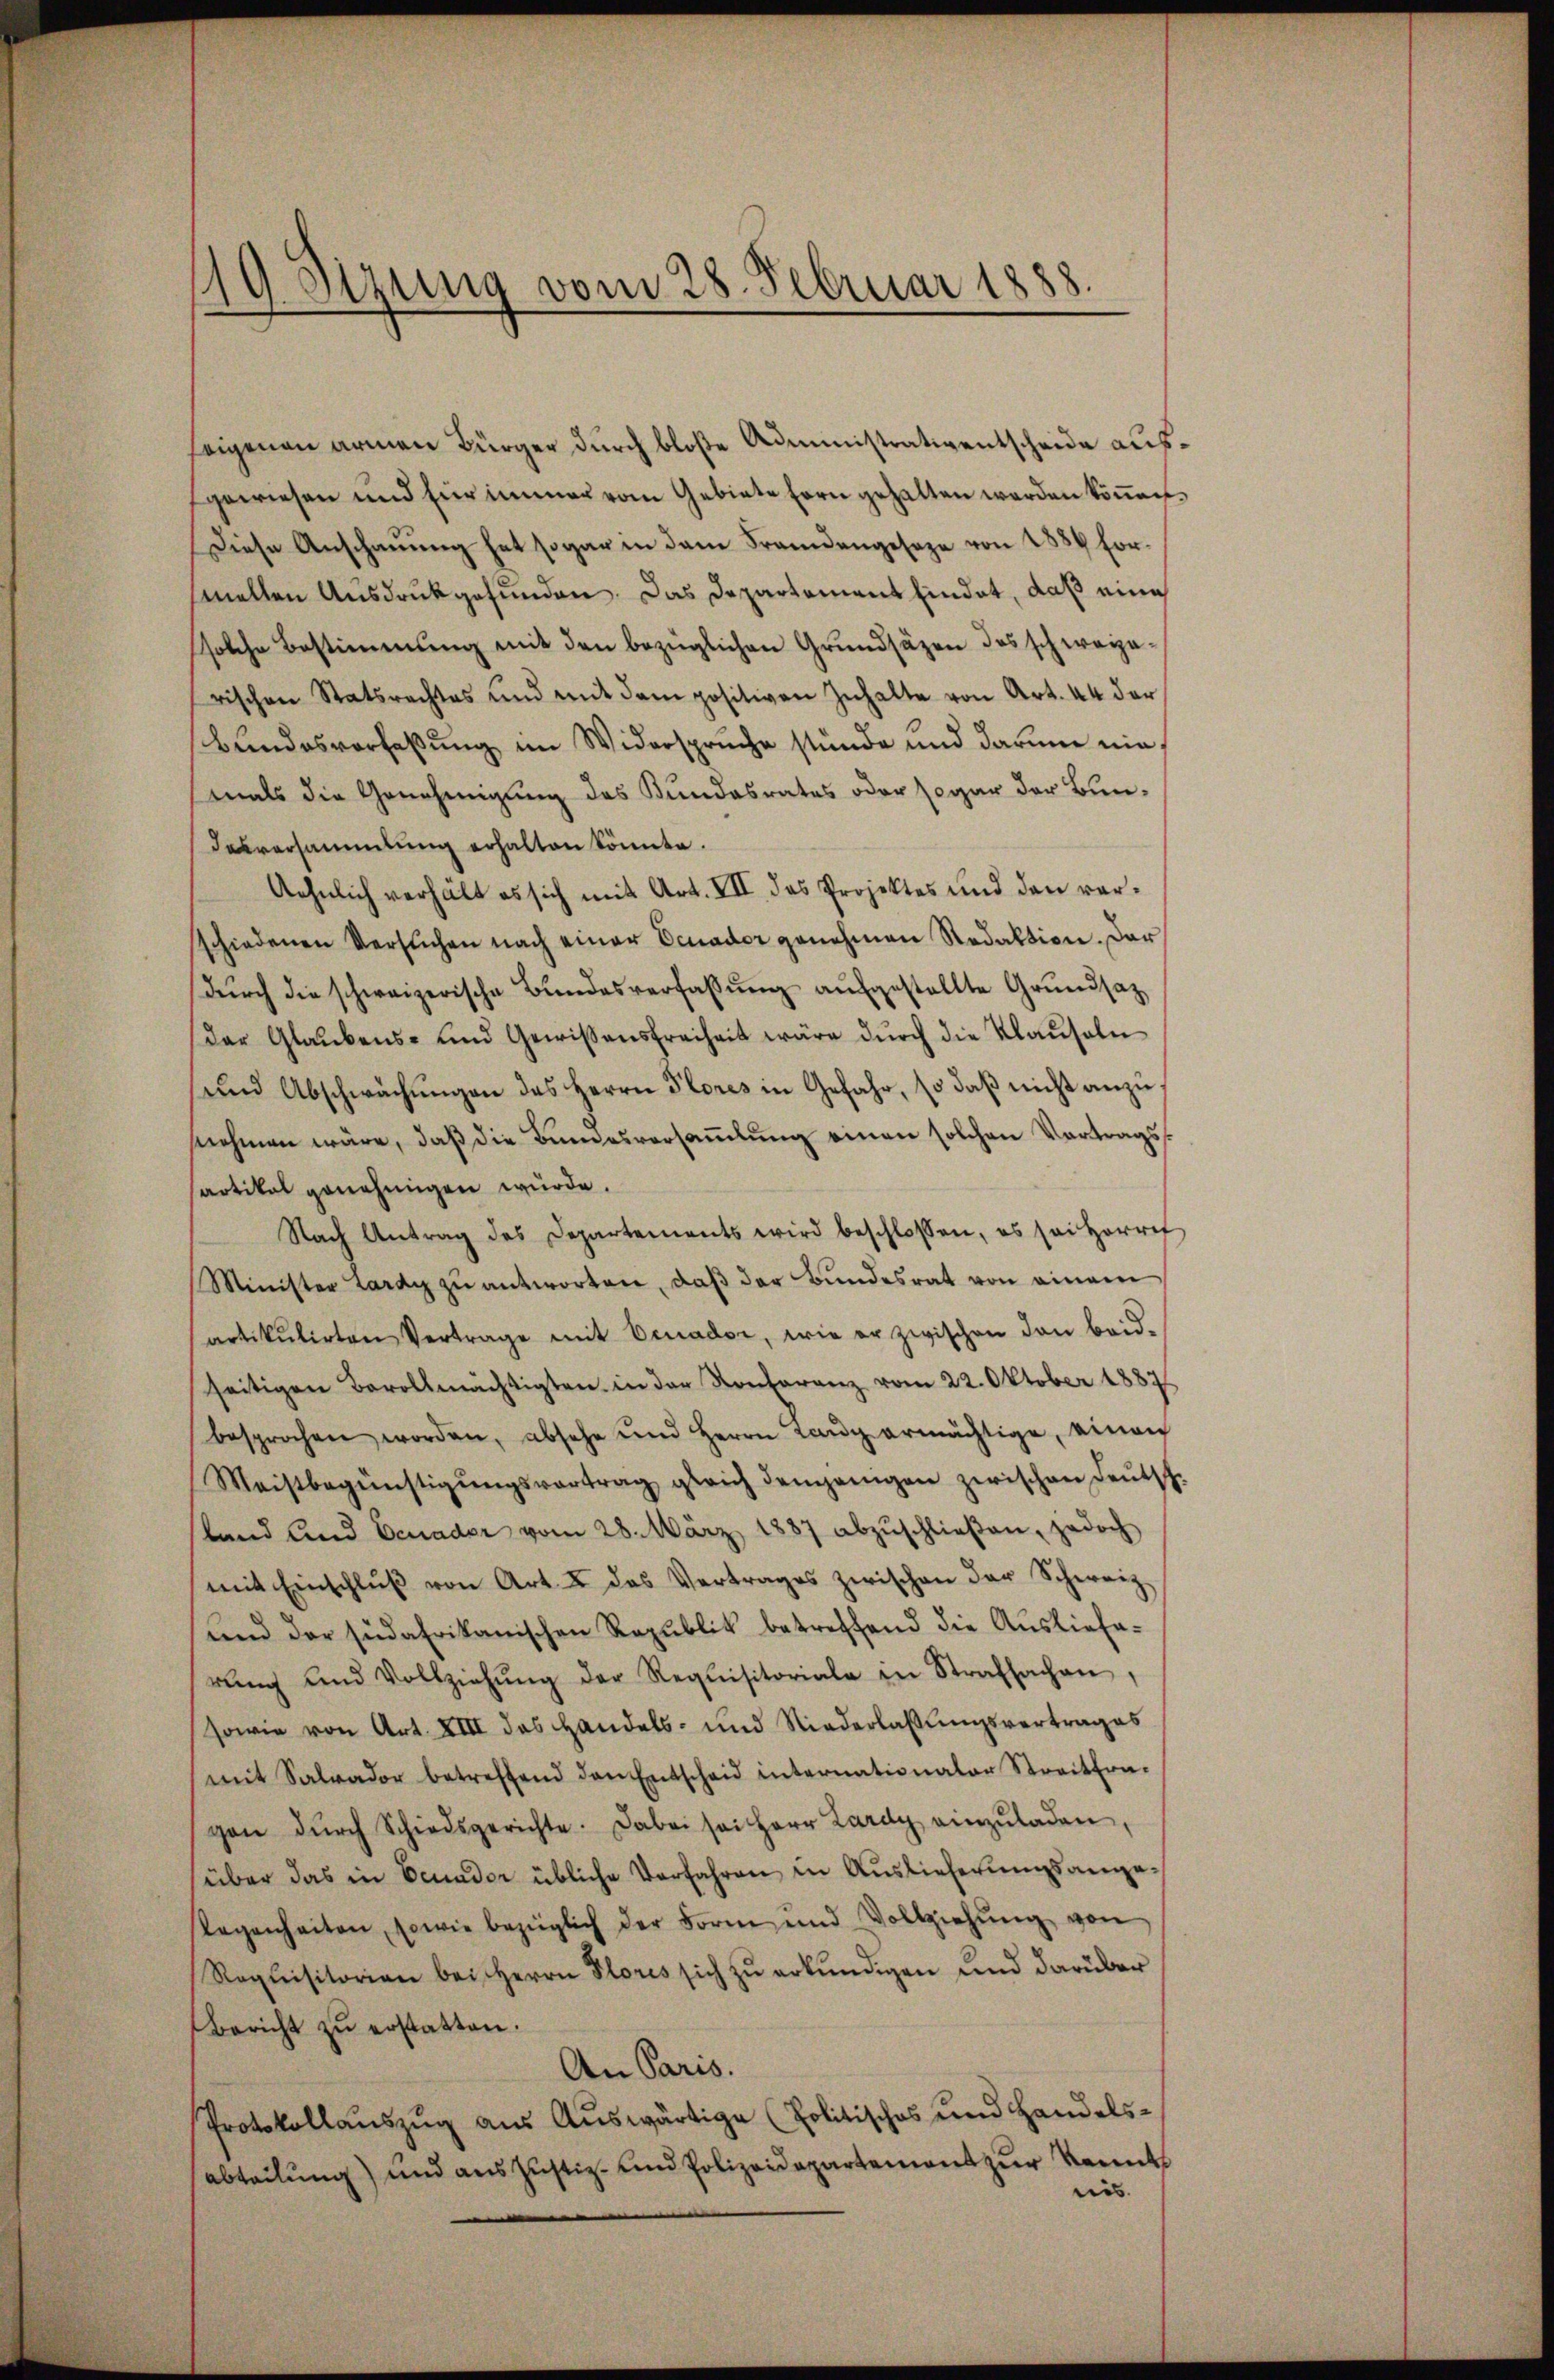
19 Stzung vom 28. Februar 1888.

feigenen armen Bürger durch bloße Administrativentscheide ausgewiesen und für immer vom Gebiete fern gehalten werden können.
Diese Anschauung hat sogar in dem Frandengeseze von 1884 formelten Ausdruck gefunden. Das Departement findet, daß eine
solche Bestimmung mit den bezüglichen Grundsäzen des schweizerischen Statsrechtes und mit dem positiven Inhalte von Art. 44 der
bŭndesverfaßung im Widerspruche stünde und darum ein
mals die Genehmigung des Kundesrates oder sogar der Bundesversammlung erhalten könnte.
Aehnlich verhält es sich mit Art. VII, das Projektes und den verschiedenen Versŭchen nach einer Ecnador genehmen Redaktion. Dar
dŭrch die schweizerische Bundesverfassŭng aufgestellte Grundsatz
der Glaŭbens- und Gewissensfreiheit wäre dŭrch die Klaŭseln
und Abschwächungen des Herrn Flores in Gefahr, so daß nicht anzunehmen wäre, daβ die Bŭndesversaṁlŭng einen solchen Vortragssartikel genehmigen würde.
Nach Antrag des Departements wird beschlossen, es sei Herref
Minister Lardy zŭ antworten, daβ der Bŭndesrat von einem
artikulirten Vertrage mit Benador, wie er zwischen den beid-
seitigen Bevollmächtigten in der Kontorenz vom 22. Oktober 1887
besprochen worden, absehe und Herrn Lang ermächtige, einen
Meistbegünstigŭngsvortrag gleich demjenigen zwischen Leŭtsch.
land und Benader vom 28. März 1887 abzŭschlieβen, jedoch
mit Einschlŭβ von Art. 4 das Vertrages zwischen der Schweiz
fend der südafrikanischen Republik betreffend die Auslieferŭng und Vollziehŭng der Requisitoriale in Strafsachen,
sowie von Art. XIII das Handels- und Niederlaßungsvertrages
mit Salvador betreffend den Entscheid internationalar Streitfra-
gen dŭrch Schiedsgerichte. Dabei sei Herr Lardy einzŭladen,
über das in Benader übliche Verfahren in Auslieferungsangelegenheiten, sowie bezüglich der Form und Vollziehŭng von
Requisitorian bei Herrn Flores sich zŭ erkŭndigen und darüber
Bericht zŭ erstatten.
An Paris.
Protokollaŭszŭg aŭs Aŭswärtige (Politisches und Handelsabteilung) und aus Justiz- und Polizeidepartement zur kannts
eins